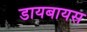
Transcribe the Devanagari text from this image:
डायबायस